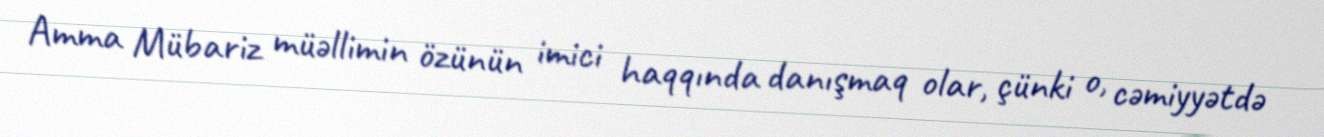
Amma Mübariz müəllimin özünün imici haqqında danışmaq olar, çünki o, cəmiyyətdə